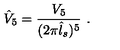
\hat { V } _ { 5 } = \frac { V _ { 5 } } { ( 2 \pi \hat { l } _ { s } ) ^ { 5 } } \ .